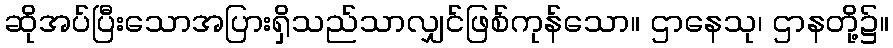
ဆိုအပ်ပြီးသောအပြားရှိသည်သာလျှင်ဖြစ်ကုန်သော။ ဌာနေသု၊ ဌာနတို့၌။